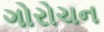
ગોરોચન